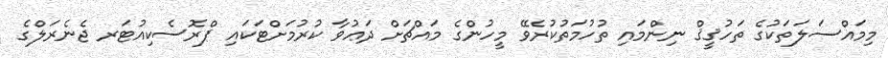
މިމައްސަލަތަކުގެ ތަހުޤީޤް ނިންމައި ތުހުމަތުކުރެވޭ މީހުންގެ މައްޗަށް ދަޢުވާ ކުރުމަށްޓަކައި ޕްރޮސެކިއުޓަރ ޖެނެރަލްގެ